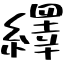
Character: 繹